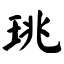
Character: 珧